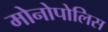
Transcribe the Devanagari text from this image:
मोनोपोलिस